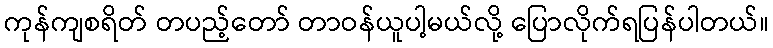
ကုန်ကျစရိတ် တပည့်တော် တာဝန်ယူပါ့မယ်လို့ ပြောလိုက်ရပြန်ပါတယ်။